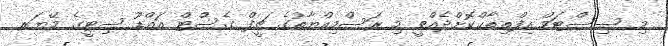
މި ސިސްޓަމް އިފްތިތާޙްކޮށްދެއްވީ މި ރަސްމިއްޔާތުގެ ޗީފް ގެސްޓް އައްޑޫ ސިޓީގެ މޭޔަރ